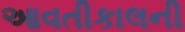
આવતીકાલની